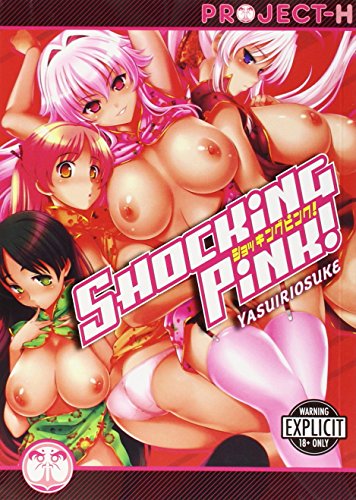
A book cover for Shocking Pink! (Hentai); Riosuke Yasui; Comics & Graphic Novels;